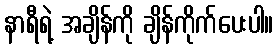
နာရီရဲ့ အချိန်ကို ချိန်ကိုက်ပေးပါ။